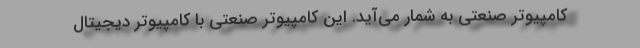
کامپیوتر صنعتی به شمار می­‌آید. این کامپیوتر صنعتی با کامپیوتر دیجیتال